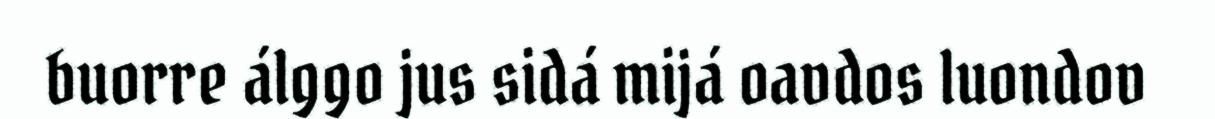
buorre álggo jus sidá mijá oavdos luondov